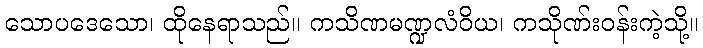
သောပဒေသော၊ ထိုနေရာသည်။ ကသိဏမဏ္ဍလံဝိယ၊ ကသိုဏ်းဝန်းကဲ့သို့။